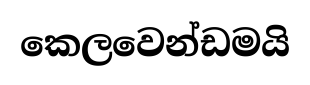
කෙලවෙන්ඩමයි